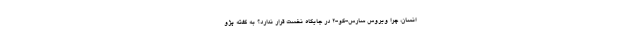
انسان، چرا ویروس سارس-کو-2 در جایگاه نخست قرار ندارد؟ به گفته پژو